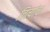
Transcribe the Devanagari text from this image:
चित्यांचा